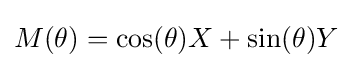
M(\theta )=\cos(\theta )X+\sin(\theta )Y